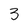
Character: 3